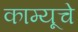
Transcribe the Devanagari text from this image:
काम्यूचे